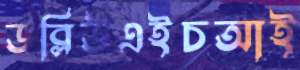
ডব্লিউএইচআই